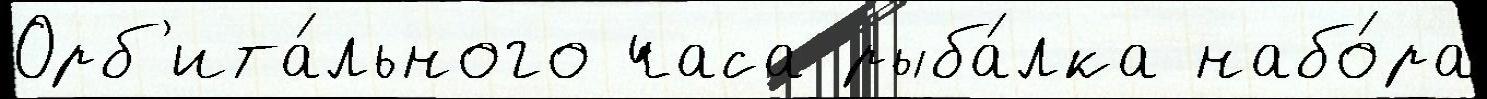
Орб'ита́льного часа рыба́лка набо́ра